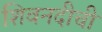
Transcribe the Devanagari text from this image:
शिवनदीची